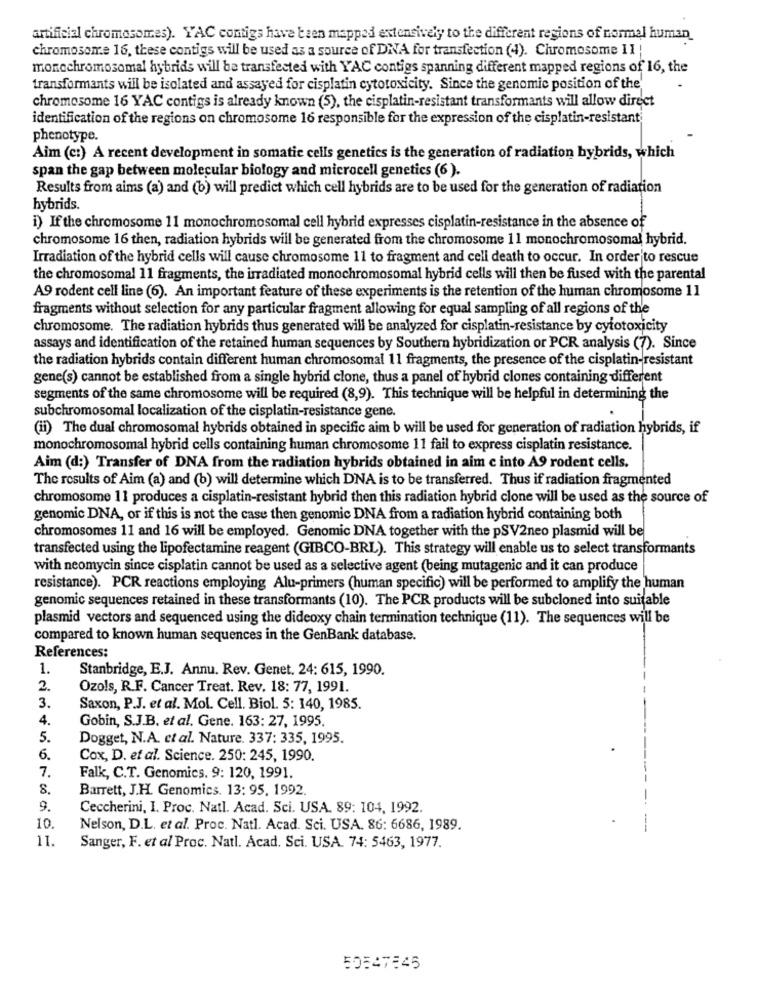
artificial chromosomes). YAC contigs have been mapped extensively to the different regions of normal human
chromosome 16, these contigs will be used as a source of DNA for transfection (4). Chromosome II !
moncchromosomal hybrids will be transfected with YAC contigs spanning different mapped regions of 16, the
transformants will be isolated and assayed for cisplatin cytotoxicity. Since the genomic position of the
chromosome 16 YAC contigs is already known (5), the cisplatin-resistant transformants will allow direct
identification of the regions on chromosome 16 responsible for the expression of the cisplatin-resistant
phenotype.
Aim (c:) A recent development in somatic cells genetics is the generation of radiation hybrids, which
span the gap between molecular biology and microcell genetics (6).
Results from aims (a) and (b) will predict which cell hybrids are to be used for the generation of radiation
hybrids.
i) If the chromosome 11 monochromosomal cell hybrid expresses cisplatin-resistance in the absence of
chromosome 16 then, radiation hybrids will be generated from the chromosome 11 monochromosomal hybrid.
Irradiation of the hybrid cells will cause chromosome 11 to fragment and cell death to occur. In order to rescue
the chromosomal 11 fragments, the irradiated monochromosomal hybrid cells will then be fused with the parental
A9 rodent cell line (6). An important feature of these experiments is the retention of the human chromosome 11
fragments without selection for any particular fragment allowing for equal sampling of all regions of the
chromosome. The radiation hybrids thus generated will be analyzed for cisplatin-resistance by cytotoxicity
assays and identification of the retained human sequences by Southern hybridization or PCR analysis (7). Since
the radiation hybrids contain different human chromosomal 11 fragments, the presence of the cisplatin-resistant
gene(s) cannot be established from a single hybrid clone, thus a panel of hybrid clones containing different
segments of the same chromosome will be required (8,9). This technique will be helpful in determining the
subchromosomal localization of the cisplatin-resistance gene.
(ii) The dual chromosomal hybrids obtained in specific aim b will be used for generation of radiation hybrids, if
monochromosomal hybrid cells containing human chromosome 11 fail to express cisplatin resistance.
Aim (d:) Transfer of DNA from the radiation hybrids obtained in aim c into A9 rodent cells.
The results of Aim (a) and (b) will determine which DNA is to be transferred. Thus if radiation fragmented
chromosome 11 produces a cisplatin-resistant hybrid then this radiation hybrid clone will be used as the source of
genomic DNA, or if this is not the case then genomic DNA from a radiation hybrid containing both
chromosomes 11 and 16 will be employed. Genomic DNA together with the pSV2neo plasmid will be
transfected using the lipofectamine reagent (GIBCO-BRL). This strategy will enable us to select transformants
with neomycin since cisplatin cannot be used as a selective agent (being mutagenic and it can produce
resistance). PCR reactions employing Alu-primers (human specific) will be performed to amplify the human
genomic sequences retained in these transformants (10). The PCR products will be subcloned into suitable
plasmid vectors and sequenced using the dideoxy chain termination technique (11). The sequences will be
compared to known human sequences in the GenBank database.
References:
1.
Stanbridge, E.J. Annu. Rev. Genet. 24: 615, 1990.
2.
Ozols, R.F. Cancer Treat. Rev. 18: 77, 1991.
3.
Saxon, P.J. et al. Mol. Cell. Biol. 5: 140, 1985.
4.
Gobin, S.J.B. et al. Gene. 163: 27, 1995.
5.
Dogget, N.A. et al. Nature. 337: 335, 1995.
6.
Cox, D. et al. Science. 250: 245, 1990.
7.
Falk, C.T. Genomics. 9: 120, 1991.
8.
Barrett, J.H. Genomics. 13: 95, 1992.
9.
Ceccherini, I. Proc. Natl. Acad. Sci. USA. 89: 104, 1992.
10.
Nelson, D.L. et al. Proc. Natl. Acad. Sci. USA. 86: 6686, 1989.
11
Sanger, F. et al Proc. Natl. Acad. Sci. USA. 74: 5463, 1977.
50547545